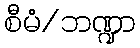
စီမံ/ဘဏ္ဍာ